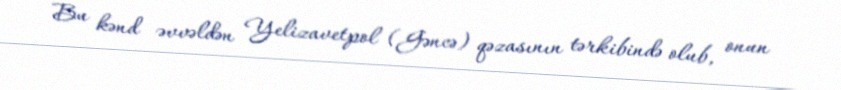
Bu kənd əvvəldən Yelizavetpol (Gəncə) qəzasının tərkibində olub, onun